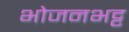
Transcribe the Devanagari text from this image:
भोजनभट्ट